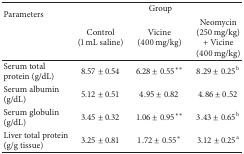
<table><thead><tr><td rowspan="2"><b>Parameters</b></td><td colspan="3"><b>Group</b></td></tr><tr><td><b>Control(1 mL saline)</b></td><td><b>Vicine(400 mg/kg)</b></td><td><b>Neomycin (250 mg/kg) + Vicine (400 mg/kg)</b></td></tr></thead><tbody><tr><td>Serum total protein (g/dL)</td><td>8.57 ± 0.54</td><td>6.28 ± 0.55**</td><td>8.29 ± 0.25<sup>b</sup></td></tr><tr><td>Serum albumin (g/dL)</td><td>5.12 ± 0.51</td><td>4.95 ± 0.82</td><td>4.86 ± 0.52</td></tr><tr><td>Serum globulin (g/dL)</td><td>3.45 ± 0.32</td><td>1.06 ± 0.95**</td><td>3.43 ± 0.65<sup>b</sup></td></tr><tr><td>Liver total protein (g/g tissue)</td><td>3.25 ± 0.81</td><td>1.72 ± 0.55*</td><td>3.12 ± 0.25<sup>a</sup></td></tr></tbody></table>